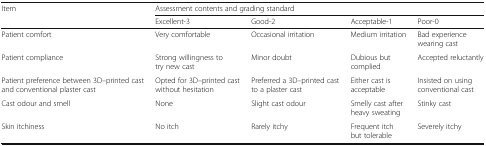
<table><thead><tr><td rowspan="2"><b>Item</b></td><td colspan="4"><b>Assessment contents and grading standard</b></td></tr><tr><td><b>Excellent-3</b></td><td><b>Good-2</b></td><td><b>Acceptable-1</b></td><td><b>Poor-0</b></td></tr></thead><tbody><tr><td>Patient comfort</td><td>Very comfortable</td><td>Occasional irritation</td><td>Medium irritation</td><td>Bad experience wearing cast</td></tr><tr><td>Patient compliance</td><td>Strong willingness to try new cast</td><td>Minor doubt</td><td>Dubious but complied</td><td>Accepted reluctantly</td></tr><tr><td>Patient preference between 3D–printed cast and conventional plaster cast</td><td>Opted for 3D–printed cast without hesitation</td><td>Preferred a 3D–printed cast to a plaster cast</td><td>Either cast is acceptable</td><td>Insisted on using conventional cast</td></tr><tr><td>Cast odour and smell</td><td>None</td><td>Slight cast odour</td><td>Smelly cast after heavy sweating</td><td>Stinky cast</td></tr><tr><td>Skin itchiness</td><td>No itch</td><td>Rarely itchy</td><td>Frequent itch but tolerable</td><td>Severely itchy</td></tr></tbody></table>